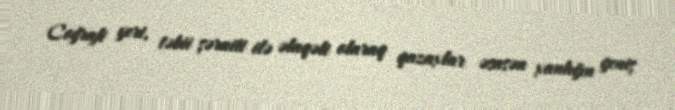
Coğrafi yeri, təbii şəraiti ilə əlaqəli olaraq qazaxlar əsasən xanlığın geniş